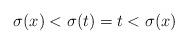
LaTeX: \begin{align*}\sigma(x) < \sigma(t) = t < \sigma(x)\end{align*}